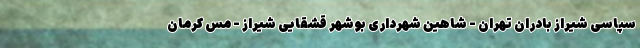
سپاسی شیراز بادران تهران - شاهین شهرداری بوشهر قشقایی شیراز - مس کرمان